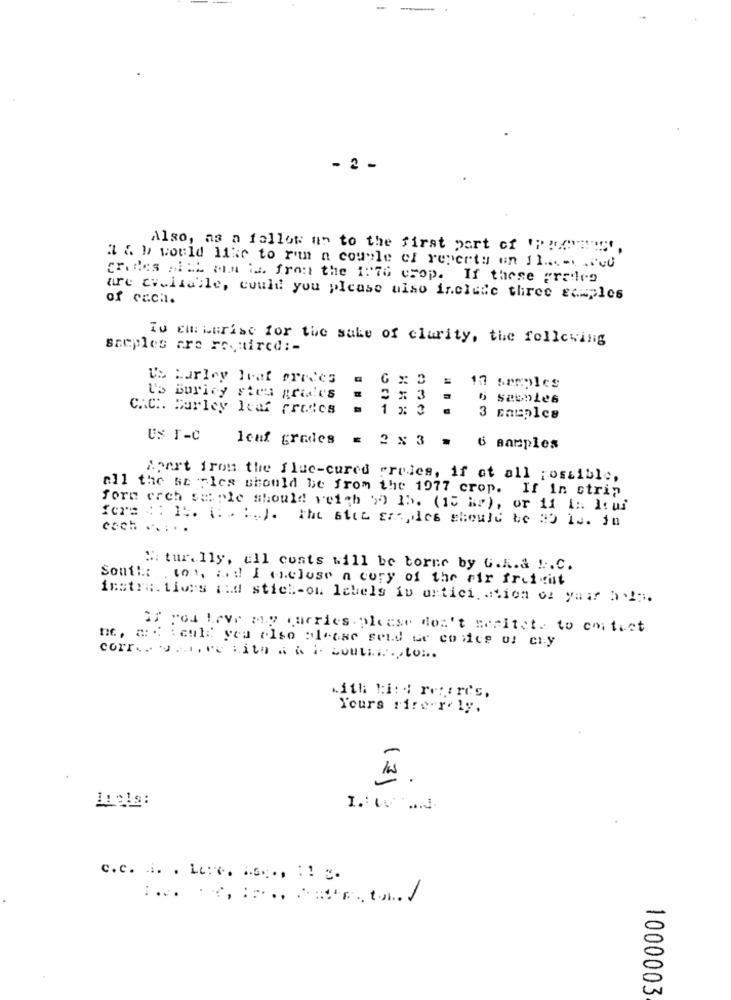
- 2 -
Also, as a follow us to the first part of '""dans',
a & b would like to run n couple of reperty en 11 ...-. .. cd
cradles siEL mia is. fron the 1:7G crop. If these grades
of cach.
are available, could you please also include three samples
To Em Larise for the sake of clarity, the following
sceples are required :-
Us harley Irat fredes
17 samples
U's Boricy stes grid'es
= == 3
C.C :. Hurley leaf fretes
1 x 3 .
Us I-C
Icaf grades = 2 × 3 = 6 samples
Apart from the fluc-cured preles, if at all possible,
all the sa les should be from the 1977 crop. If In strip
forn erch se ple should veith 50 1b. (15 hr), or if i :: Icui
cach .....
": tur. lly, all costs will be torne by G. R.a !.. C.
Soufl: . to%, and I enclose a copy of the air freight
instructives mid stick-ou labels is ortici ation of your ass.
IF you have my carries. please don't hesitate to contact
ne, a : : cult you also please send we co ice os ciy
corr .. .... ve Lit . à i boutii .., to ...
with li: : refores,
Yours rire-r. ly.
171 )
c.c. 1. . Le:c. A.s ., : ! .
1000003